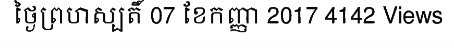
ថ្ងៃព្រហស្បតិ៍ 07 ខែកញ្ញា 2017 4142 Views